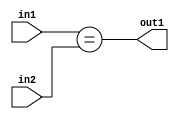
`timescale 1ps / 1ps
/*****************************************************************************
    Verilog RTL Description
    
    
    Created by: Stratus DpOpt 2019.1.01 
*******************************************************************************/

module feature_write_addr_gen_Equal_3Ux3U_1U_4 (
	in2,
	in1,
	out1
	); /* architecture "behavioural" */ 
input [2:0] in2,
	in1;
output  out1;
wire  asc001;

assign asc001 = (in1==in2);

assign out1 = asc001;
endmodule

/* CADENCE  urn0TgA= : u9/ySgnWtBlWxVPRXgAZ4Og= ** DO NOT EDIT THIS LINE ******/